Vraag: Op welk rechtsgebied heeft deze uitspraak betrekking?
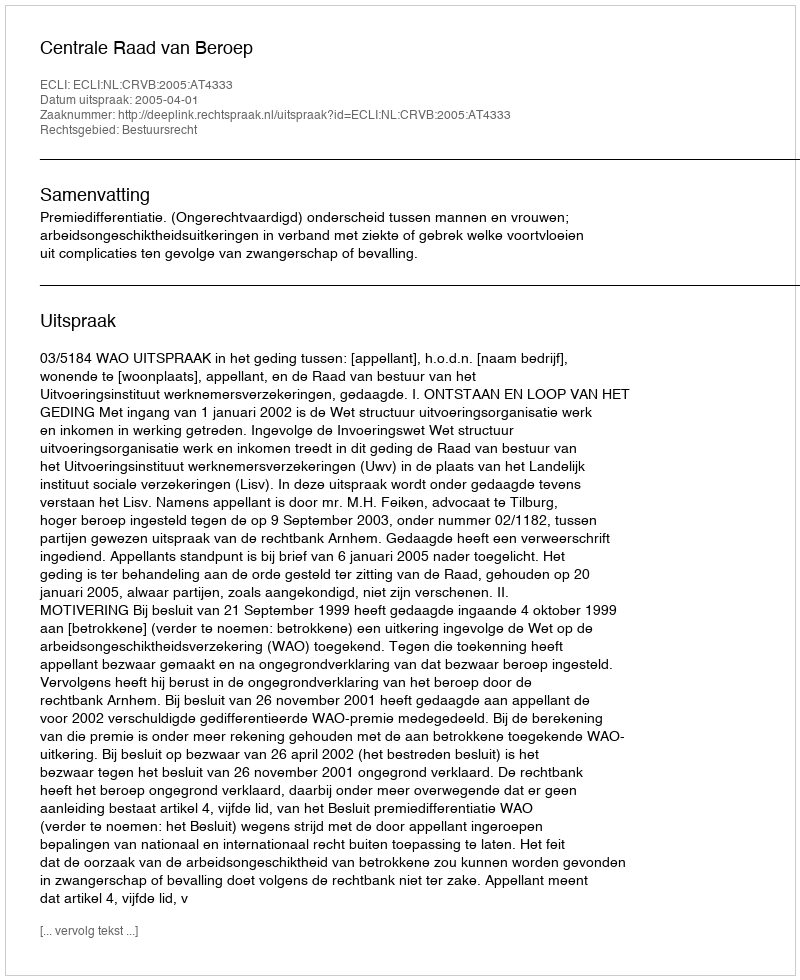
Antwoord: Bestuursrecht